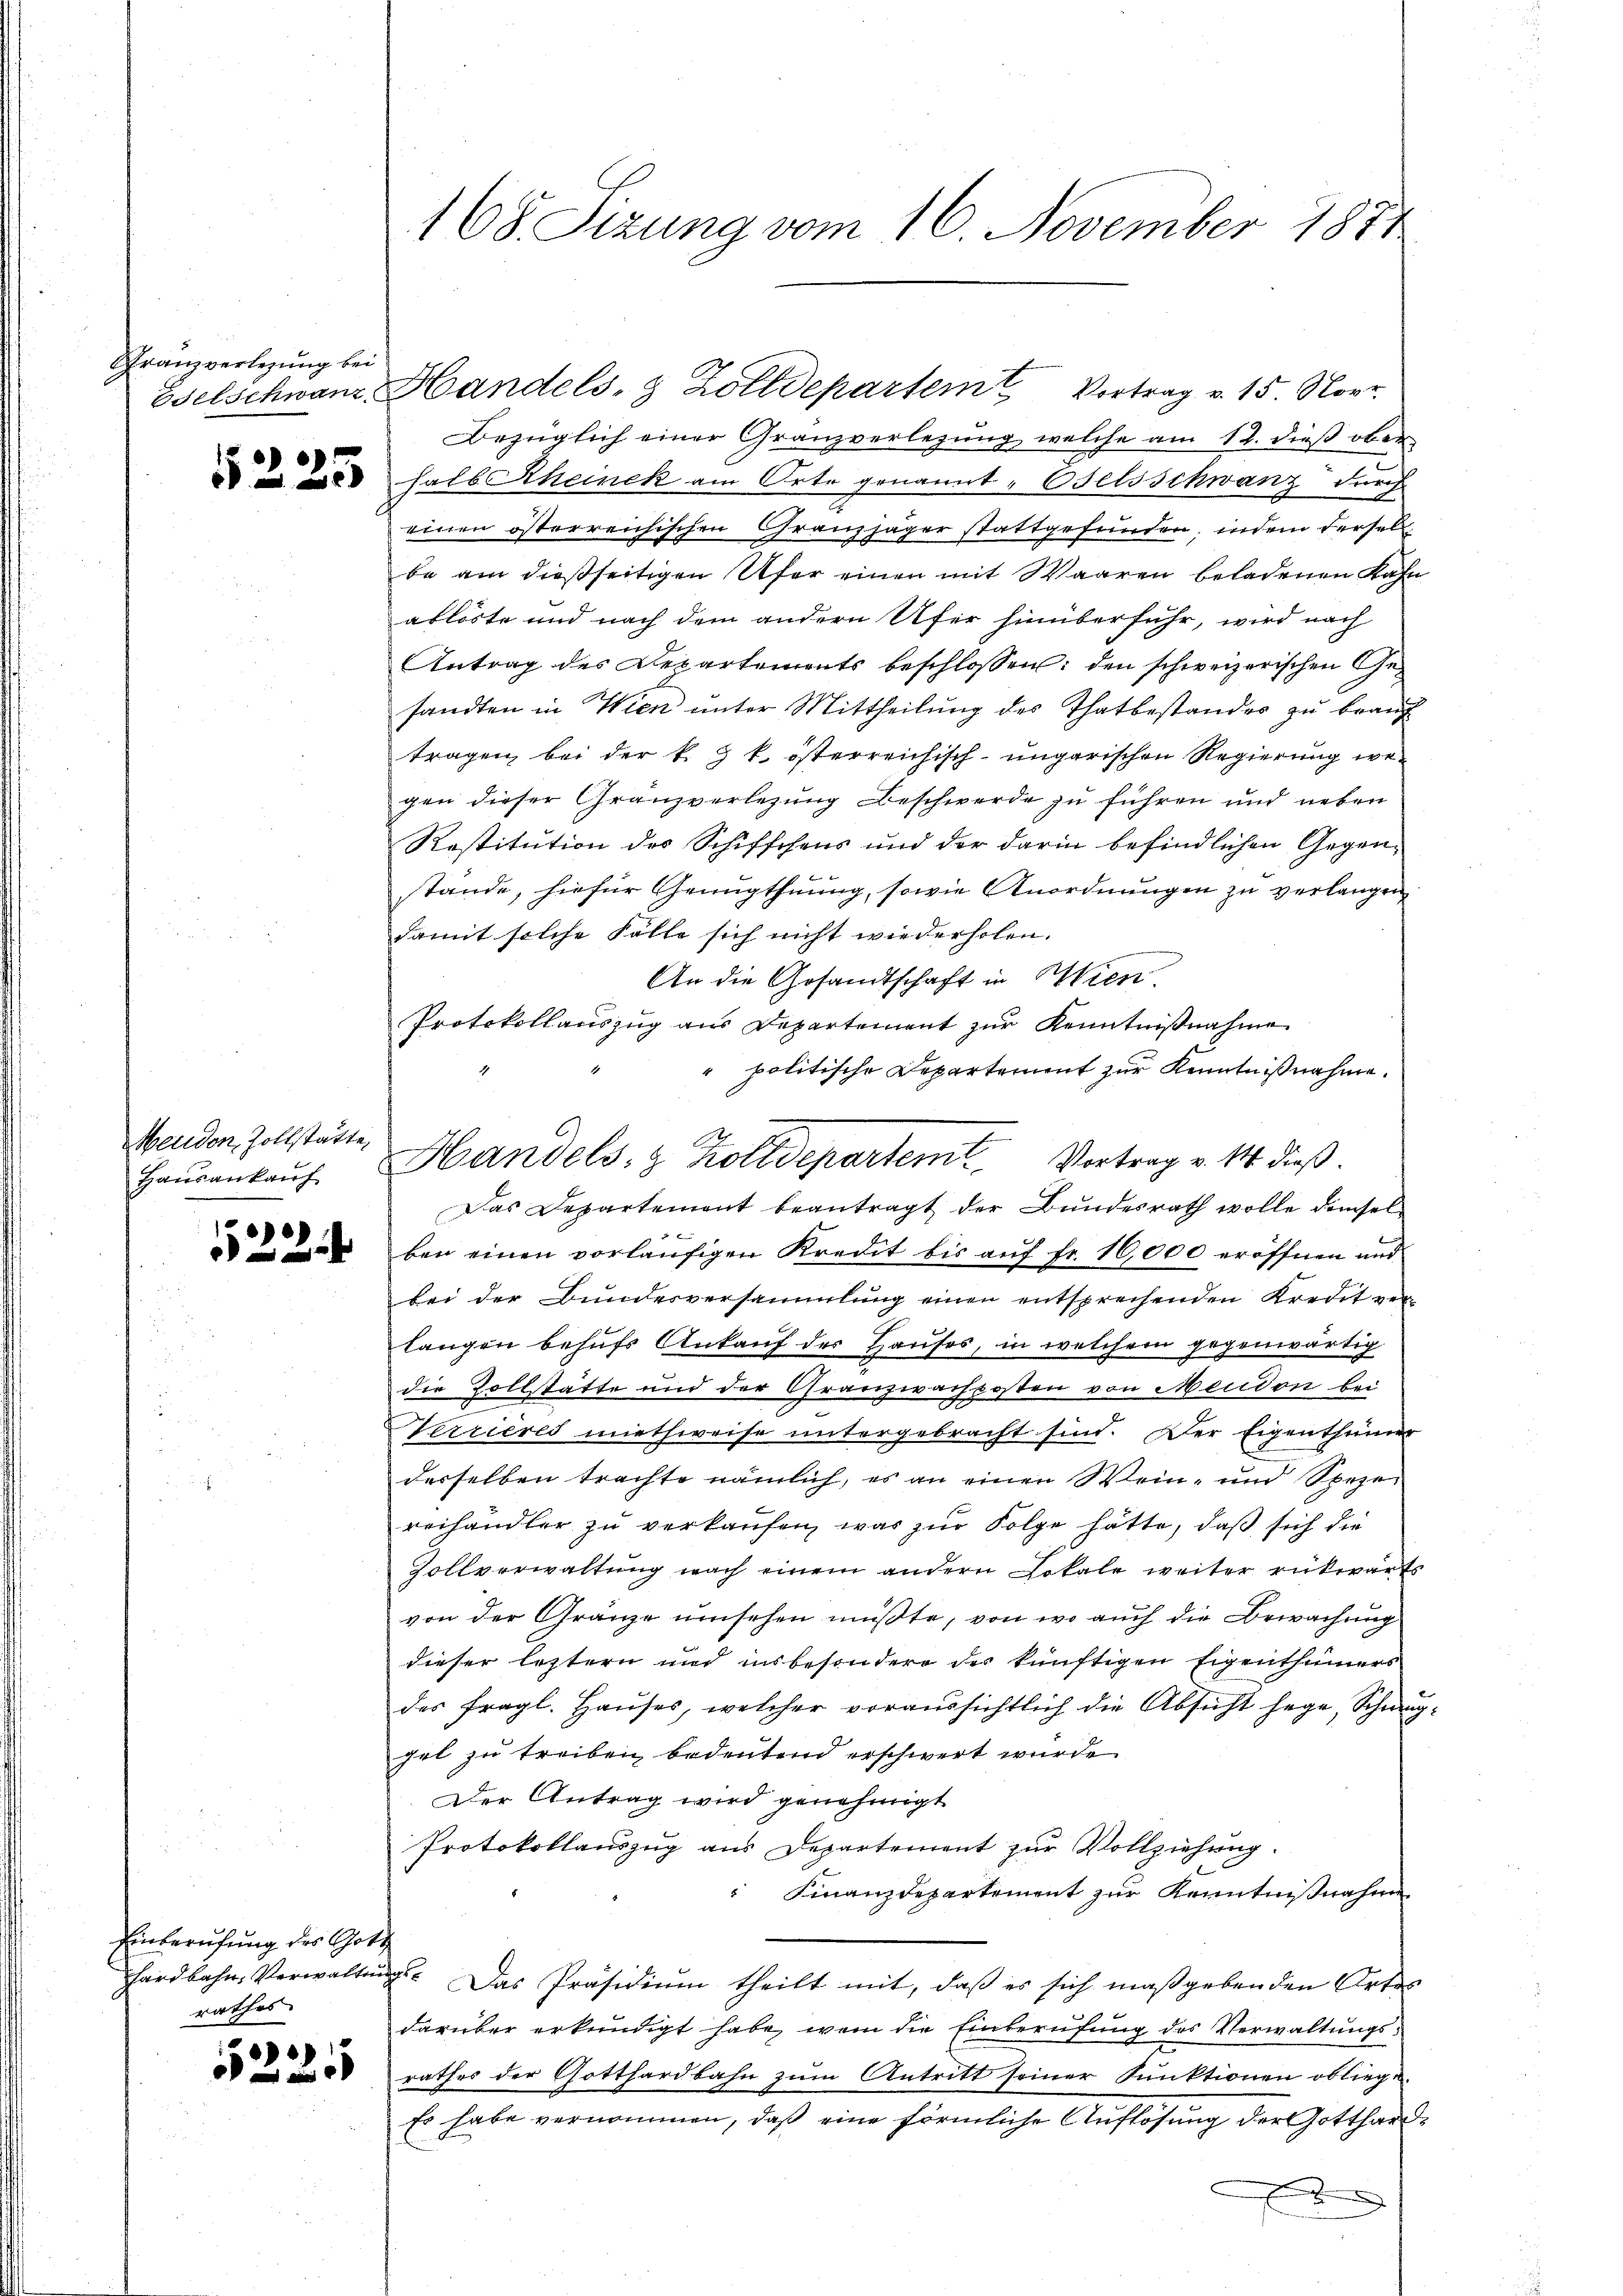
Franzverlegung bei

532 x

Einberufung des Gott
rathes

)
0 f 0 x

Menden, Zollstatte,
Hausankauf

einen österreichischen Granzjäger stattgefunden, indem dersel
be am dießseitigen Ufer einen mit Waaren beladenen Kahn
ablöste und nach dem andern Ufer hinüberfuhr, wird nach
Antrag des Departements beschlossen: den schweizerischen Ge-
sandten in Wien ŭnter Mittheilŭng des Thatbestandes zŭ beaŭf
tragen bei der k. k. österreichisch-ungarischen Regierung irr-
gen dieser Granzverlegung Beschwerde zu führen und neben
Restitution des Schifschens und der darin befindlichen Gegenstände, hiefür Genugthuung, sowie Anordnungen zu verlangen
damit solche Fälle sich nicht wiederholen.
An die Gesandtschaft in Wien.
Protokollauszug aus Departement zur Kenntnißnahme
" politische Departement zur Kenntnißnahme.
Das Departement beantragt der Bundesrath wolle demselben einen vorläufigen Kredit bis auf Fr. 16,000 eröffnen und
bei der Bundesversammlung einen entsprechenden Kredit ver-
langen behufs Ankauf des Hauses, in welchem gegenwärtig
die Zollstätte und der Granzwachposten von Meudon bei
Nerrieres miethweise untergebracht sind. Der Eigenthümer
desselben trachte nämlich, es an einen Wein- und Speze
reihändler zŭ verkaŭfen, was zŭr Folge hätte, daß sich die
Zollverwaltung nach einem andern Lokale weiter rükwärts
von der Gränze umsehen müßte, von wo auch die Bewachung
dieser letztern und insbesondere der künftigen Eigenthümers
des fragl. Haŭses, welcher voraussichtlich die Absicht hege, Schmug
zel zu treiben, bedeutend erschwert wurde.
Der Antrag wird genehmigt
Protokollauszug aus Departement zur Vollziehung.
" Finanzdepartement zur Kenntnißnahme
hardbahn. Verwaltung. Das Präsidium theilt mit, daß es sich maßgebenden Ortes
darüber erkundigt habe, wem die Einberufung des Verwaltungsrathes der Gotthardbahn zum Antritt seiner Funktionen obliege
Es habe vernommen, daß eine förmliche Auflösung der Gotthard.
f

168. Sizung vom 16. November 1871

Eselschwanz, Handels- 3 Zolldepartem Vortrag v. 15. Nov.
Bezüglich einer Granzverlegung, welche am 12. dieß ober
 halb Scheinek am Orte genannt, Oelsschwang durch

Handels- & Zolldepartem Vortrag v. M. dieß.